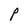
Character: P